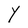
Character: Y